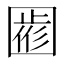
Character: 𡈖